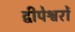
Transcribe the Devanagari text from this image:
द्वीपेश्वरों